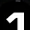
Digit: 1